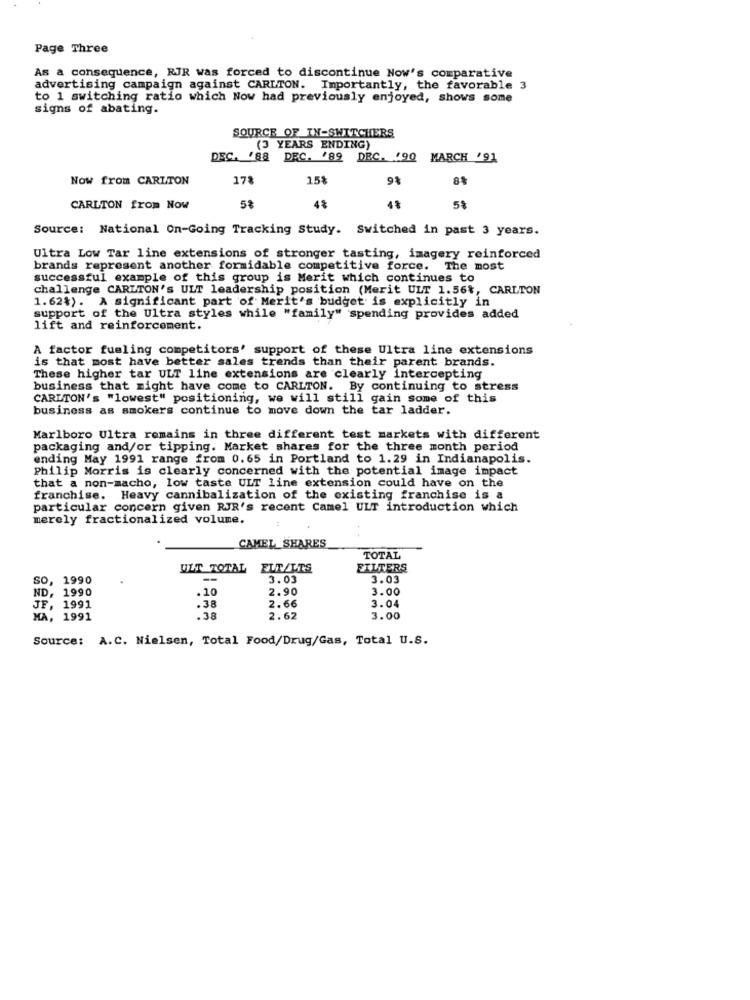
Page Three
As a consequence, RJR was forced to discontinue Now's comparative
advertising campaign against CARLTON. Importantly, the favorable 3
to 1 switching ratio which Now had previously enjoyed, shows some
signs of abating.
SOURCE OF IN-SWITCHERS
(3 YEARS ENDING)
DEC. "88 DEC. '89 DEC. 190
MARCH '91
Now from CARLTON
178
15
9%
8%
CARLTON from Now
5%
4%
4%
5%
Source: National On-Going Tracking Study. Switched in past 3 years.
Ultra Low Tar line extensions of stronger tasting, imagery reinforced
brands represent another formidable competitive force. The most
successful example of this group is Merit which continues to
challenge CARLTON'S ULT leadership position (Merit ULT 1.56%, CARLTON
1.62%). A significant part of Merit's budget is explicitly in
support of the Ultra styles while "family" spending provides added
lift and reinforcement.
A factor fueling competitors' support of these Ultra line extensions
is that most have better sales trends than their parent brands.
These higher tar ULT line extensions are clearly intercepting
business that might have come to CARLTON. By continuing to stress
CARLTON's "lowest" positioning, we will still gain some of this
business as smokers continue to move down the tar ladder.
Marlboro Ultra remains in three different test markets with different
packaging and/or tipping. Market shares for the three month period
ending May 1991 range from 0.65 in Portland to 1.29 in Indianapolis.
Philip Morris is clearly concerned with the potential image impact
that a non-macho, low taste ULT line extension could have on the
franchise. Heavy cannibalization of the existing franchise is a
particular concern given RJR's recent Camel ULT introduction which
merely fractionalized volume.
CAMEL_SHARES
TOTAL
ULT TOTAL EUR/LTS
FILTERS
so, 1990
3.03
3.03
ND, 1990
.10
2.90
3.00
JF, 1991
.38
2.66
3.04
MA, 1991
.38
2.62
3.00
Source: A.C. Nielsen, Total Food/Drug/Gas, Total U.S.